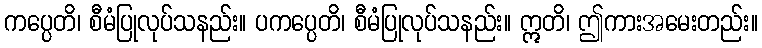
ကပ္ပေတိ၊ စီမံပြုလုပ်သနည်း။ ပကပ္ပေတိ၊ စီမံပြုလုပ်သနည်း။ ဣတိ၊ ဤကားအမေးတည်း။